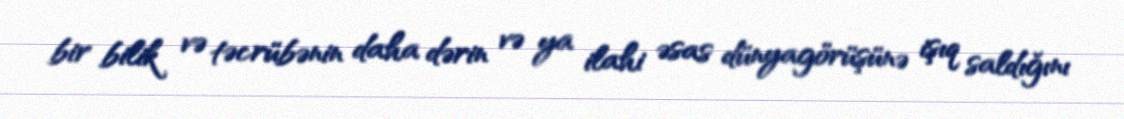
bir bilik və təcrübənin daha dərin və ya ilahi əsas dünyagörüşünə işıq saldığını